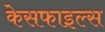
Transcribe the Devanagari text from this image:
केसफाइल्स